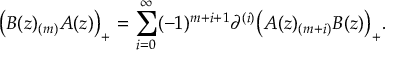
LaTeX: \bigl ( B ( z ) _ { ( m ) } A ( z ) \bigr ) _ { + } = \sum _ { i = 0 } ^ { \infty } ( - 1 ) ^ { m + i + 1 } \partial ^ { ( i ) } \bigl ( A ( z ) _ { ( m + i ) } B ( z ) \bigr ) _ { + } .